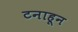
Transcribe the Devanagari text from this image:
टनाहून